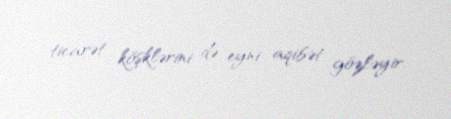
ticarət köşklərini də eyni aqibət gözləyir.